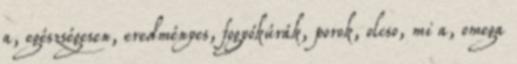
a, egészségesen, eredményes, fogyókúrák, porok, olcso, mi a, omega